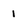
Character: 1